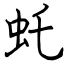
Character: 虴